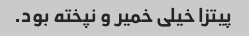
پیتزا خیلی خمیر و نپخته بود.